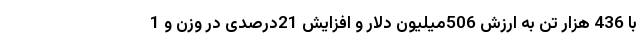
با 436 هزار تن به ارزش 506میلیون دلار و افزایش 21درصدی در وزن و 1